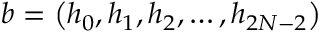
b = \left( h _ { 0 } , h _ { 1 } , h _ { 2 } , \ldots , h _ { 2 N - 2 } \right)